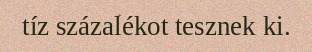
tíz százalékot tesznek ki.